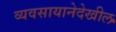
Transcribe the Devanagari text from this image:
व्यवसायानेदेखील